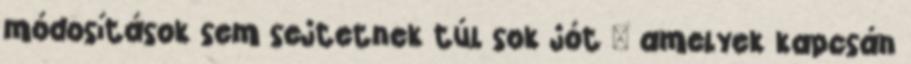
módosítások sem sejtetnek túl sok jót – amelyek kapcsán